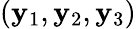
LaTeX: (\mathbf{y}_{1},\mathbf{y}_{2},\mathbf{y}_{3})